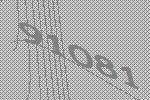
91081